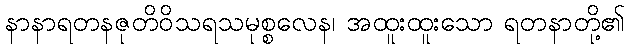
နာနာရတနဇုတိဝိသရသမုစ္စလေန၊ အထူးထူးသော ရတနာတို့၏